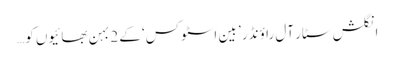
انگلش سٹار آل راؤنڈر ’ بین اسٹوکس‘ کے 2 بہن بھائیوں کو…